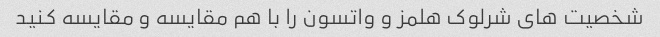
شخصیت های شرلوک هلمز و واتسون را با هم مقایسه و مقایسه کنید